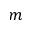
m